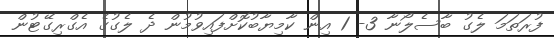
ފުރަތަމަ ލެގު ބާސެލޯނާ 3- 1 އިން ކާމިޔާބުކޮށްފައިވުމުން ދެ ލެގުގެ އެގްރިގޭޓުން